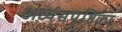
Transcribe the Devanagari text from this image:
अर्ध्यसपृष्ठिका